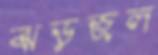
ঝড়জল